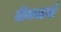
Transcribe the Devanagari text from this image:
टीमस्टर्स